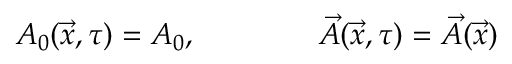
A _ { 0 } ( \vec { x } , \tau ) = A _ { 0 } , \qquad \qquad \vec { A } ( \vec { x } , \tau ) = \vec { A } ( \vec { x } )